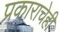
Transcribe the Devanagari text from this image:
प्रकाराचेही